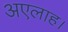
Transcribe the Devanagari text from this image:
अएलाह।